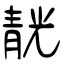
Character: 靗